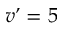
v ’ = 5